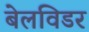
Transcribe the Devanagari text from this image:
बेलविडर